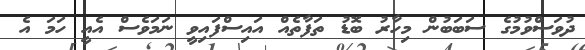
ދުވަސްވުމުގެ ސަބަބުން މިހާރު ބޮޑު ތަފާތެއް އައިސްފައިވީ ނަމަވެސް އެއީ ހަމަ އެ